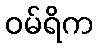
ဝမ်ရိက